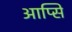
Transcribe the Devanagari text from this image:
आप्सि